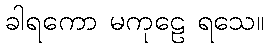
ခါရကော မကုဠေ ရသေ။